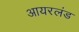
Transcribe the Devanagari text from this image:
आयरलंड